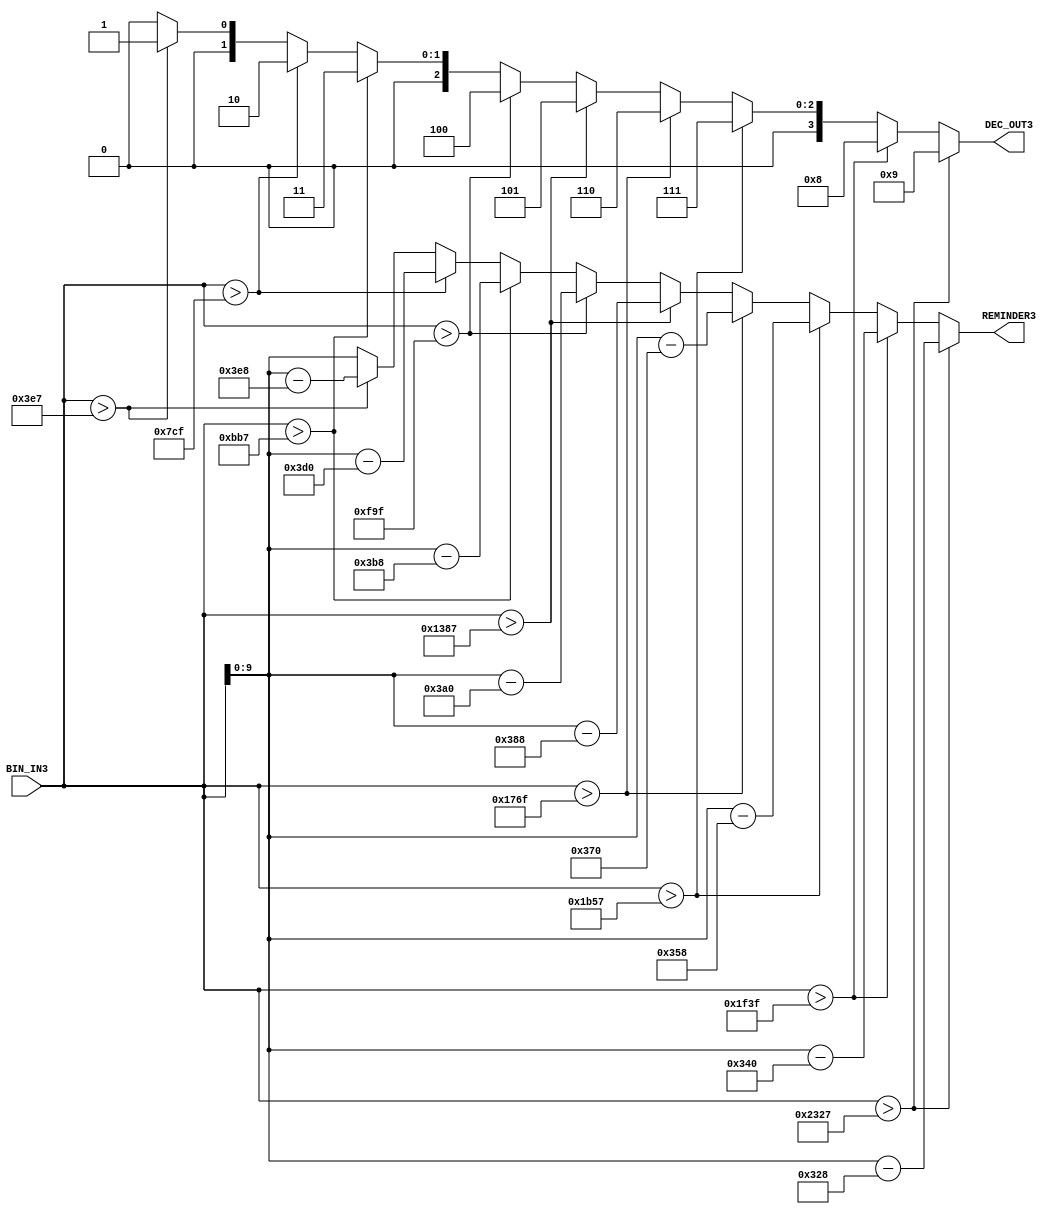
module bin_dec1000(
    input[13:0] BIN_IN3,
    output reg[3:0] DEC_OUT3,
    output[9:0] REMINDER3
);
    integer cmp_int;
    integer rem_int;
    always @(BIN_IN3) begin
        cmp_int = BIN_IN3;
        if (cmp_int > 8999) begin
            DEC_OUT3 <= 4'd9;
            rem_int <= cmp_int - 9000;
        end
        else if (cmp_int > 7999) begin
            DEC_OUT3 <= 4'd8;
            rem_int <= cmp_int - 8000;
        end
        else if (cmp_int > 6999) begin
            DEC_OUT3 <= 4'd7;
            rem_int <= cmp_int - 7000;
        end
        else if (cmp_int > 5999) begin
            DEC_OUT3 <= 4'd6;
            rem_int <= cmp_int - 6000;
        end
        else if (cmp_int > 4999) begin
            DEC_OUT3 <= 4'd5;
            rem_int <= cmp_int - 5000;
        end
        else if (cmp_int > 3999) begin
            DEC_OUT3 <= 4'd4;
            rem_int <= cmp_int - 4000;
        end
        else if (cmp_int > 2999) begin
            DEC_OUT3 <= 4'd3;
            rem_int <= cmp_int - 3000;
        end
        else if (cmp_int > 1999) begin
            DEC_OUT3 <= 4'd2;
            rem_int <= cmp_int - 2000;
        end
        else if (cmp_int > 999) begin
            DEC_OUT3 <= 4'd1;
            rem_int <= cmp_int - 1000;
        end
        else begin
            DEC_OUT3 <= 4'd0;
            rem_int <= cmp_int;
        end
    end
    assign REMINDER3 = rem_int;
endmodule